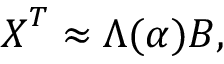
\boldsymbol { X } ^ { T } \approx \boldsymbol { \Lambda } ( \boldsymbol { \alpha } ) \boldsymbol { B } ,